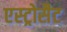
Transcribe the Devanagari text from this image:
एस्ट्रोसैट